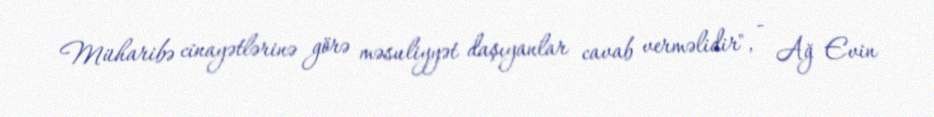
Müharibə cinayətlərinə görə məsuliyyət daşıyanlar cavab verməlidir", - Ağ Evin